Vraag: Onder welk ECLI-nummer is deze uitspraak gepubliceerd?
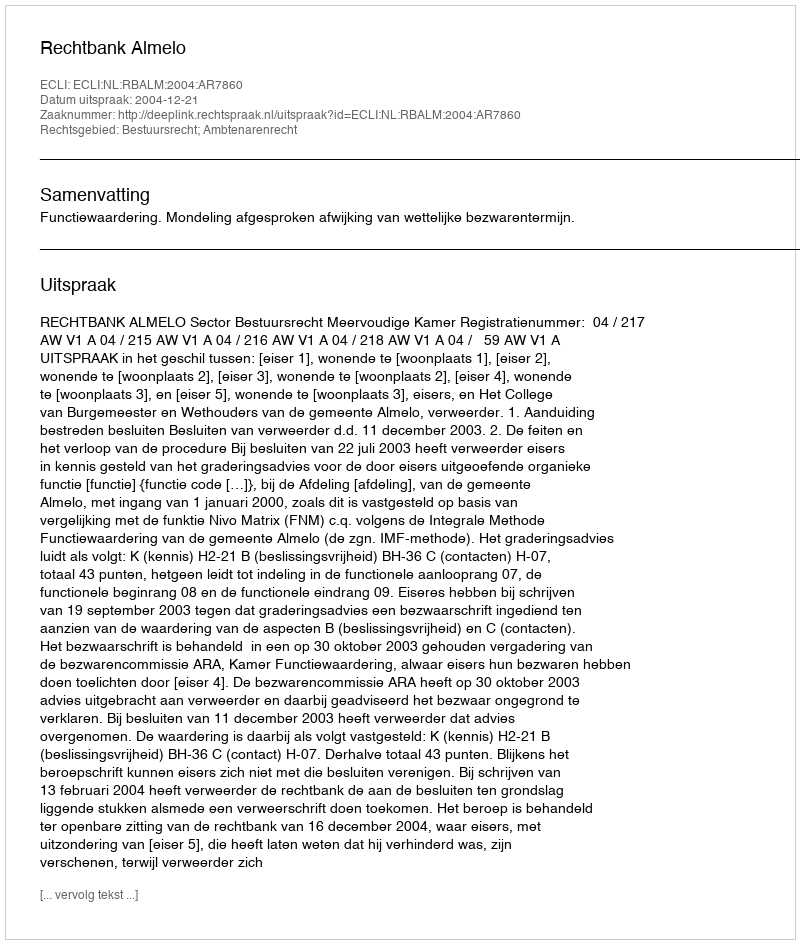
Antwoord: ECLI:NL:RBALM:2004:AR7860